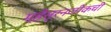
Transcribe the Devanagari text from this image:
म्हैसूरनजीकची